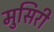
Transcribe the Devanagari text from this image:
मुसिरी